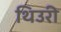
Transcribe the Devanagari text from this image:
थिउरी